Annual returns of the Patna Lunatic Asylum at Bankipore in Bihar and Orissa - 1912-1924
Year: 1912
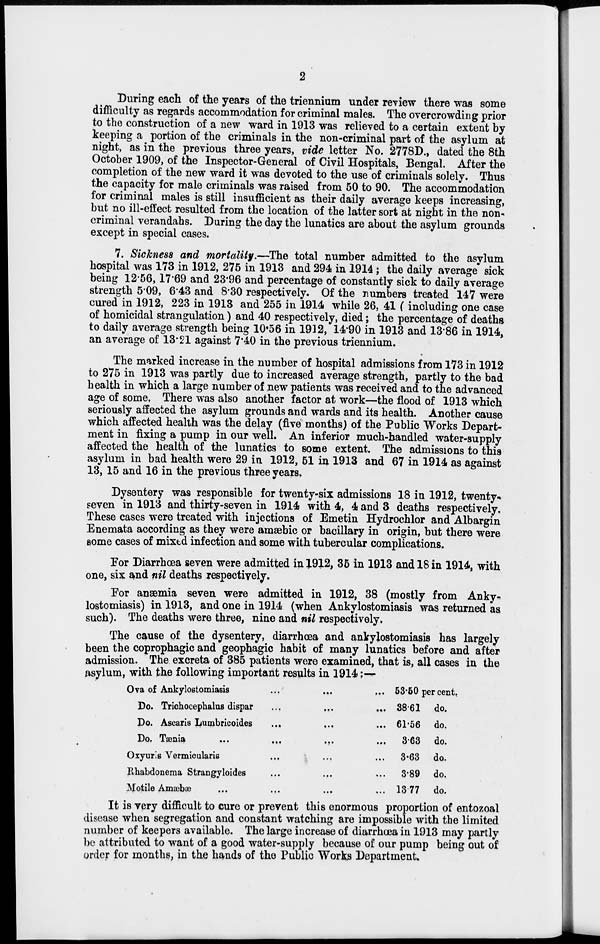
2
During each of the years of the triennium under review there was some
difficulty as regards accommodation for criminal males. The overcrowding prior
to the construction of a new ward in 1913 was relieved to a certain extent by
keeping a portion of the criminals in the non-criminal part of the asylum at
night, as in the previous three years, vide letter No. 2778D., dated the 8th
October 1909, of the Inspector-General of Civil Hospitals, Bengal. After the
completion of the new ward it was devoted to the use of criminals solely. Thus
the capacity for male criminals was raised from 50 to 90. The accommodation
for criminal males is still insufficient as their daily average keeps increasing,
but no ill-effect resulted from the location of the latter sort at night in the non-
criminal verandahs. During the day the lunatics are about the asylum grounds
except in special cases.
7. Sickness and mortality.—The total number admitted to the asylum
hospital was 173 in 1912, 275 in 1913 and 294 in 1914 ; the daily average sick
being 12.56, 17.69 and 23.96 and percentage of constantly sick to daily average
strength 5.09, 6.43 and 8.30 respectively. Of the numbers treated 147 were
cured in 1912, 223 in 1913 and 255 in 1914 while 26, 41 ( including one case
of homicidal strangulation) and 40 respectively, died; the percentage of deaths
to daily average strength being 10.56 in 1912, 14.90 in 1913 and 13.86 in 1914,
an average of 13.21 against 7.40 in the previous triennium.
The marked increase in the number of hospital admissions from 173 in 1912
to 275 in 1913 was partly due to increased average strength, partly to the bad
health in which a large number of new patients was received and to the advanced
age of some. There was also another factor at work—the flood of 1913 which
seriously affected the asylum grounds and wards and its health. Another cause
which affected health was the delay (five months) of the Public Works Depart-
ment in fixing a pump in our well. An inferior much-handled water-supply
affected the health of the lunatics to some extent. The admissions to this
asylum in bad health were 29 in 1912, 51 in 1913 and 67 in 1914 as against
13, 15 and 16 in the previous three years.
Dysentery was responsible for twenty-six admissions 18 in 1912, twenty-
seven in 1913 and thirty-seven in 1914 with 4, 4 and 3 deaths respectively.
These cases were treated with injections of Emetin Hydrochlor and Albargin
Enemata according as they were amæbic or bacillary in origin, but there were
some cases of mixed infection and some with tubercular complications.
For Diarrhœa seven were admitted in 1912, 35 in 1913 and 18 in 1914, with
one, six and nil deaths respectively.
For anaemia seven were admitted in 1912, 38 (mostly from Anky-
lostomiasis) in 1913, and one in 1914 (when Ankylostomiasis was returned as
such). The deaths were three, nine and nil respectively.
The cause of the dysentery, diarrhœa and ankylostomiasis has largely
been the coprophagic and geophagic habit of many lunatics before and after
admission. The excreta of 385 patients were examined, that is, all cases in the
asylum, with the following important results in 1914:—
Ova of Ankylostomiasis ... ... ...
Do. Trichocephalus dispar ... ... ...
Do. Ascaris Lumbricoides ... ... ...
Do. Tænia
...
...
...
Oxyuris Vermicularis ... ... ...
Rhabdonema Strangyloides ... ... ...
Motile Amæbæ ... ... ...
53.50 per cent.
38.61 do.
61.56 do.
3.63 do.
3.63 do.
3.89 do.
13.77 do.
It is very difficult to cure or prevent this enormous proportion of entozoal
disease when segregation and constant watching are impossible with the limited
number of keepers available. The large increase of diarrhœa in 1913 may partly
be attributed to want of a good water-supply because of our pump being out of
order for months, in the hands of the Public Works Department.